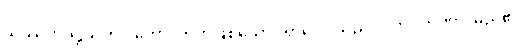
သဿတဒိဋ္ဌိသဟ ဂတော၊ တကွဖြစ်သော။ ရာဂေါ၊ သည်။ ဝိဘဝတဏှာ၊ မည်၏။